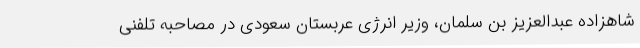
شاهزاده عبدالعزیز بن سلمان، وزیر انرژی عربستان سعودی در مصاحبه تلفنی